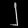
Digit: ၂